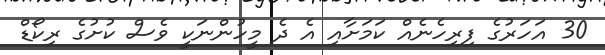
30 އަހަރުގެ ފިރިހެނެއް ކަމަށާއި އެ ދެ މީހުންނަކީ ވެސް ކުށުގެ ރިކޯޑް